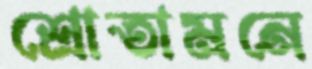
শ্রোতামনে